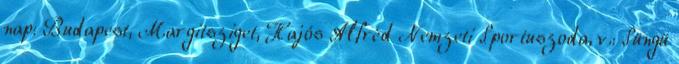
nap: Budapest, Margitsziget, Hajós Alfréd Nemzeti Sportuszoda, v.: Süngü